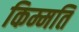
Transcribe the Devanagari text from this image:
किम्मति